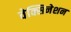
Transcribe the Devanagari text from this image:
वेक्सिनेशन